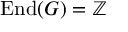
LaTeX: { \mathrm { E n d } } ( G ) = \mathbb { Z }